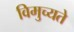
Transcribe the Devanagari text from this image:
विमुच्यते